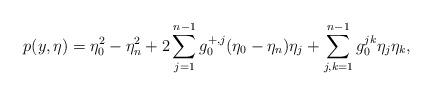
LaTeX: \begin{align*}p(y,\eta)=\eta_0^2-\eta_n^2+2\sum_{j=1}^{n-1}g_0^{+,j}(\eta_0-\eta_n)\eta_j+\sum_{j,k=1}^{n-1} g_0^{jk}\eta_j\eta_k,\end{align*}